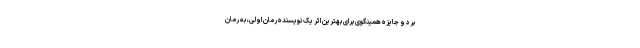
برد و جایزه همینگوی برای بهترین اثر یک نویسنده رمان اولی، به رمان